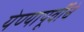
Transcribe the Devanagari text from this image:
येण्यापूर्वीचे